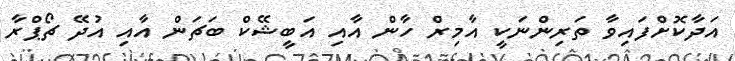
އަދާކޮށްފައިވާ ތަރިންނަކީ އާމިރް ހާން އާއި އަބީޝޭކް ބަޗަން އާއި އުދޭ ޗޯޕްރާ